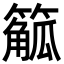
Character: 䉉